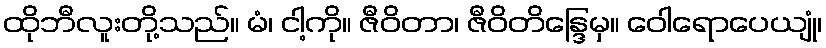
ထိုဘီလူးတို့သည်။ မံ၊ ငါ့ကို။ ဇီဝိတာ၊ ဇီဝိတိန္ဒြေမှ။ ဝေါရောပေယျုံ၊